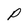
Character: P